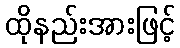
ထိုနည်းအားဖြင့်